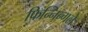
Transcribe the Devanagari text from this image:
फिन्निन्गले